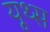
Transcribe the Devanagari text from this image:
यूथ्स